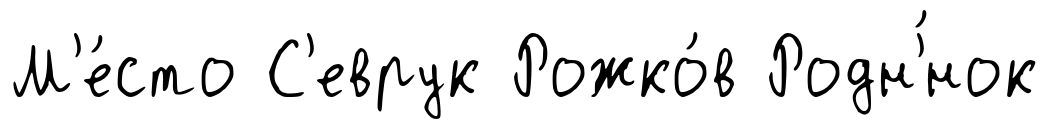
М'е́сто С'еврук Рожко́в Родн'́нок